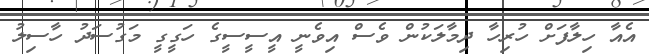
އެއާ ހިލާފަށް ހުރިހާ ދިމާލަކުން ވެސް އިވެނީ އީސީސީގެ ހަގީގީ މަގުސަދު ހާސިލު